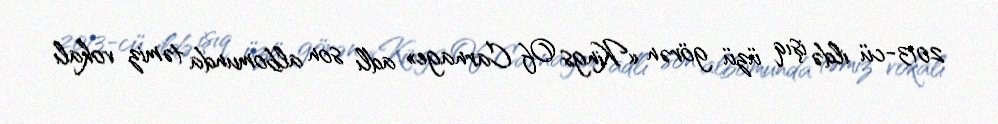
2013-cü ildə işıq üzü görən «Kings Of Carnage» adlı son albomunda təmiz vokalı